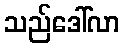
သည်ဒေါ်လာ